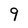
Character: 9